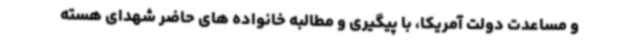
و مساعدت دولت آمریکا، با پیگیری و مطالبه خانواده های حاضر شهدای هسته